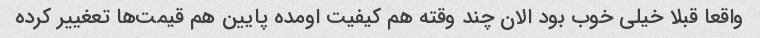
واقعا قبلا خیلی خوب بود الان چند وقته هم کیفیت اومده پایین هم قیمت‌ها تعغییر کرده